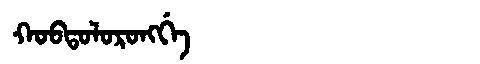
Manchu: ᡴᠣᠪᡨᠣᠯᠣᡵᠣᠩᡤᡝ
Romanization: KOBTOLORONGGE